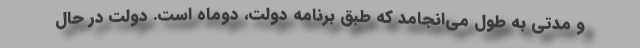
و مدتی به طول می‌انجامد که طبق برنامه دولت، دوماه است. دولت در حال